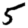
Digit: 5